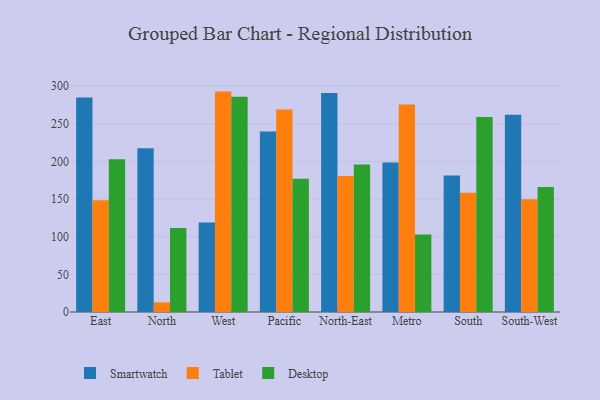
{"axis": {"x": "Region", "y": "Population (Million)"}, "legend": ["Desktop", "Smartwatch", "Tablet"], "data": [{"x": "East", "y": 284.9, "type": "Smartwatch"}, {"x": "East", "y": 148.3, "type": "Tablet"}, {"x": "East", "y": 202.7, "type": "Desktop"}, {"x": "North", "y": 217.5, "type": "Smartwatch"}, {"x": "North", "y": 12.8, "type": "Tablet"}, {"x": "North", "y": 111.5, "type": "Desktop"}, {"x": "West", "y": 118.9, "type": "Smartwatch"}, {"x": "West", "y": 292.7, "type": "Tablet"}, {"x": "West", "y": 285.9, "type": "Desktop"}, {"x": "Pacific", "y": 239.6, "type": "Smartwatch"}, {"x": "Pacific", "y": 268.8, "type": "Tablet"}, {"x": "Pacific", "y": 176.8, "type": "Desktop"}, {"x": "North-East", "y": 291.0, "type": "Smartwatch"}, {"x": "North-East", "y": 180.6, "type": "Tablet"}, {"x": "North-East", "y": 195.8, "type": "Desktop"}, {"x": "Metro", "y": 198.7, "type": "Smartwatch"}, {"x": "Metro", "y": 275.5, "type": "Tablet"}, {"x": "Metro", "y": 103.0, "type": "Desktop"}, {"x": "South", "y": 181.2, "type": "Smartwatch"}, {"x": "South", "y": 158.3, "type": "Tablet"}, {"x": "South", "y": 259.1, "type": "Desktop"}, {"x": "South-West", "y": 261.8, "type": "Smartwatch"}, {"x": "South-West", "y": 149.8, "type": "Tablet"}, {"x": "South-West", "y": 166.1, "type": "Desktop"}]}